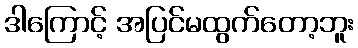
ဒါကြောင့် အပြင်မထွက်တော့ဘူး